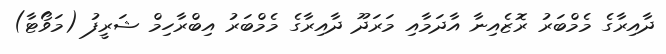
ދާއިރާގެ މެމްބަރު ރޮޒެއިނާ އާދަމާއި މަރަދޫ ދާއިރާގެ މެމްބަރު އިބްރާހިމް ޝަރީފު (މަވޯޓާ)